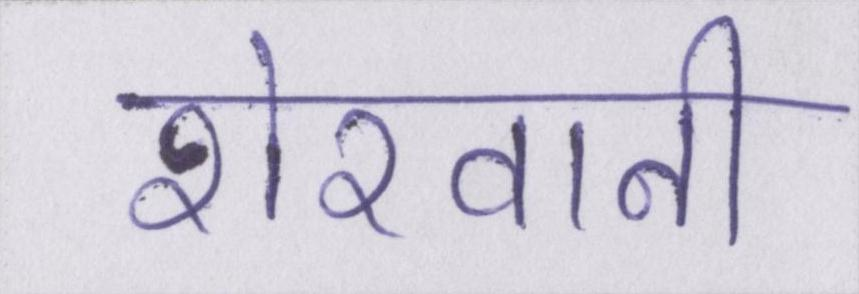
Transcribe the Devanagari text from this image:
शेरवानी